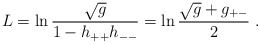
\begin{align*}L=\ln \frac{\sqrt g}{1-h_{++}h_{--}}=\ln \frac{\sqrt g+g_{+-}}{2}\ .\end{align*}